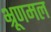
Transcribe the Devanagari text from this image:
भ्रूणमल